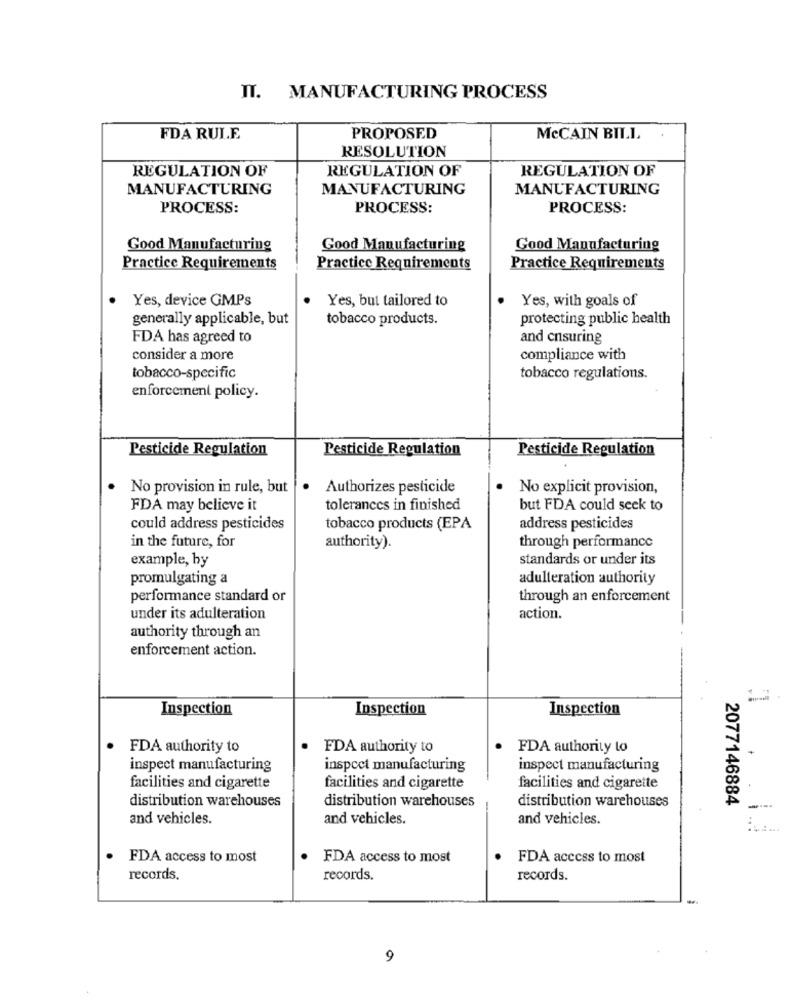
IT. MANUFACTURING PROCESS
FDA RULE
PROPOSED
McCAIN BILL
RESOLUTION
REGULATION OF
REGULATION OF
REGULATION OF
MANUFACTURING
MANUFACTURING
MANUFACTURING
PROCESS:
PROCESS:
PROCESS:
Good Manufacturing
Good Manufacturing
Good Manufacturing
Practice Requirements
Practice Requirements
Practice Requirements
Yes, device GMPs
Yes, but tailored to
Yes, with goals of
generally applicable, but
tobacco products.
protecting public health
FDA has agreed to
and ensuring
consider a more
compliance with
tobacco-specific
tobacco regulations.
enforcement policy.
Pesticide Regulation
Pesticide Regulation
Pesticide Regulation
No provision in rule, but
Authorizes pesticide
No explicit provision,
FDA may believe it
tolerances in finished
but FDA could seek to
could address pesticides
tobacco products (EPA
address pesticides
in the future, for
authority).
through performance
example, by
standards or under its
promulgating a
adulteration authority
performance standard or
through an enforcement
under its adulteration
action.
authority through an
enforcement action.
Inspection
Inspection
Inspection
FDA authority to
FDA authority to
FDA authority to
inspect manufacturing
inspect manufacturing
inspect manufacturing
facilities and cigarette
facilities and cigarette
facilities and cigarette
distribution warehouses
distribution warehouses
2077146884
distribution warehouses
and vehicles.
and vehicles.
and vehicles.
....
FDA access to most
.
FDA access to most
FDA access to most
records.
records.
records.
9